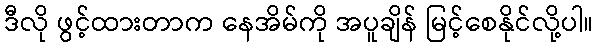
ဒီလို ဖွင့်ထားတာက နေအိမ်ကို အပူချိန် မြင့်စေနိုင်လို့ပါ။